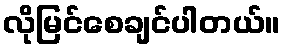
လိုမြင်စေချင်ပါတယ်။